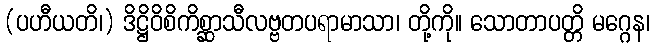
(ပဟီယတိ၊) ဒိဋ္ဌိဝိစိကိစ္ဆာသီလဗ္ဗတပရာမာသာ၊ တို့ကို။ သောတာပတ္တိ မဂ္ဂေန၊